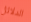
الدلائل